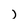
Character: j